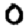
Digit: 0